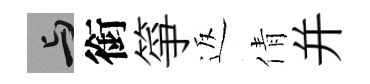
与銜箏返倩并